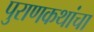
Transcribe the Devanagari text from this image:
पुराणकथांचा